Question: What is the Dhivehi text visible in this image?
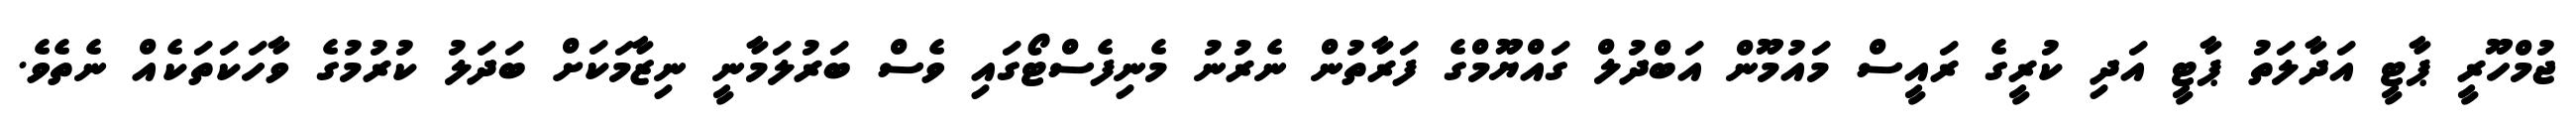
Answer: ޖުމްހޫރީ ޕާޓީ އަދާލަތު ޕާޓީ އަދި ކުރީގެ ރައީސް މައުމޫން އަބްދުލް ގައްޔޫމްގެ ފަރާތުން ނެރުނު މެނިފެސްޓޯގައި ވެސް ބަރުލަމާނީ ނިޒާމަކަށް ބަދަލު ކުރުމުގެ ވާހަކަތަކެއް ނެތެވެ.